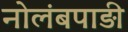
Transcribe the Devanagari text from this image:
नोलंबपाड़ी